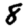
Digit: 8